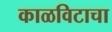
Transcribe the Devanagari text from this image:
काळविटाचा